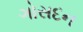
ગોસદન